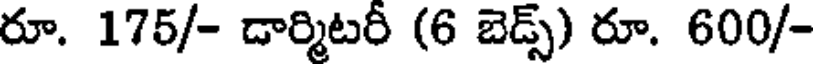
రూ. 175/- డార్మిటరీ (6 బెడ్స్) రూ. 600/-